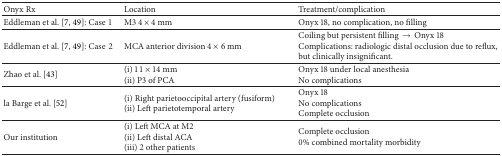
| Onyx Rx | Location | Treatment/complication |
 | --- | --- | --- |
 | Eddleman et al. [7, 49]: Case1 | M3 4 × 4 mm | Onyx 18, no complication, no filling |
 | Eddleman et al. [7, 49]: Case2 | MCA anterior division 4 × 6 mm | Coiling but persistent filling → Onyx 18Complications: radiologic distal occlusion due to reflux, but clinically insignificant. |
 | Zhao et al. [43] | (i)11 × 14 mm(ii) P3 of PCA | Onyx 18 under local anesthesiaNo complications |
 | la Barge et al. [52] | (i) Right parietooccipital artery (fusiform)(ii) Left parietotemporal artery | Onyx 18No complicationsComplete occlusion |
 | Our institution | (i) Left MCA at M2(ii) Left distal ACA(iii) 2 other patients | Complete occlusion0% combined mortality morbidity |